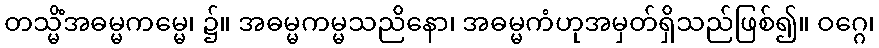
တသ္မိံအဓမ္မကမ္မေ၊ ၌။ အဓမ္မကမ္မသညိနော၊ အဓမ္မကံဟုအမှတ်ရှိသည်ဖြစ်၍။ ဝဂ္ဂေ၊